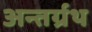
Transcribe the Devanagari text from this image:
अन्तर्ग्रथ